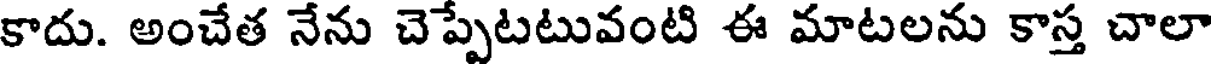
కాదు. అంచేత నేను చెప్పేటటువంటి ఈ మాటలను కాస్త చాలా